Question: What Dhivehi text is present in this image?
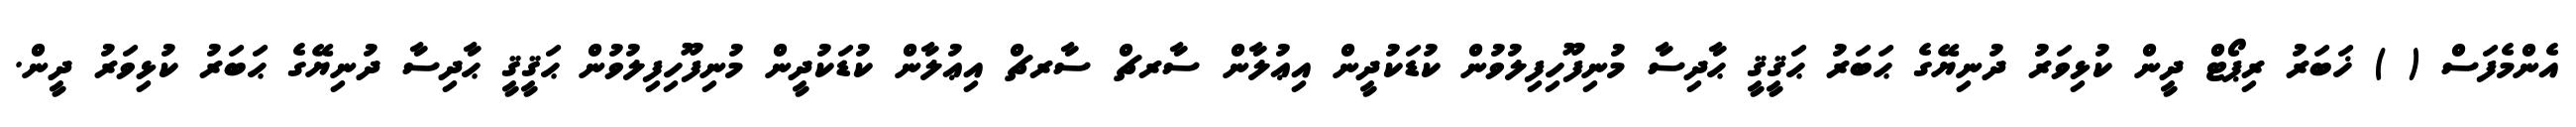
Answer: އެންމެފަސް ( ) ޚަބަރު ރިޕޯޓް ދީން ކުޅިވަރު ދުނިޔޭގެ ޙަބަރު ޙަޤީޤީ ޙާދިސާ މުނިފޫހިފިލުވުން ކުޑަކުދީން އިޢުލާން ސާރޗް ސާރޗް އިޢުލާން ކުޑަކުދީން މުނިފޫހިފިލުވުން ޙަޤީޤީ ޙާދިސާ ދުނިޔޭގެ ޙަބަރު ކުޅިވަރު ދީން.